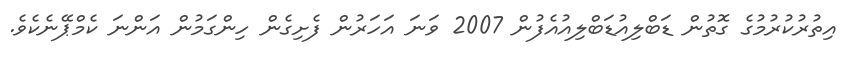
އިތުރުކުރުމުގެ ގޮތުން ޑަބްލިއުޑަބްލިއުއެފުން 2007 ވަނަ އަހަރުން ފެށިގެން ހިންގަމުން އަންނަ ކެމްޕޭނެކެވެ.